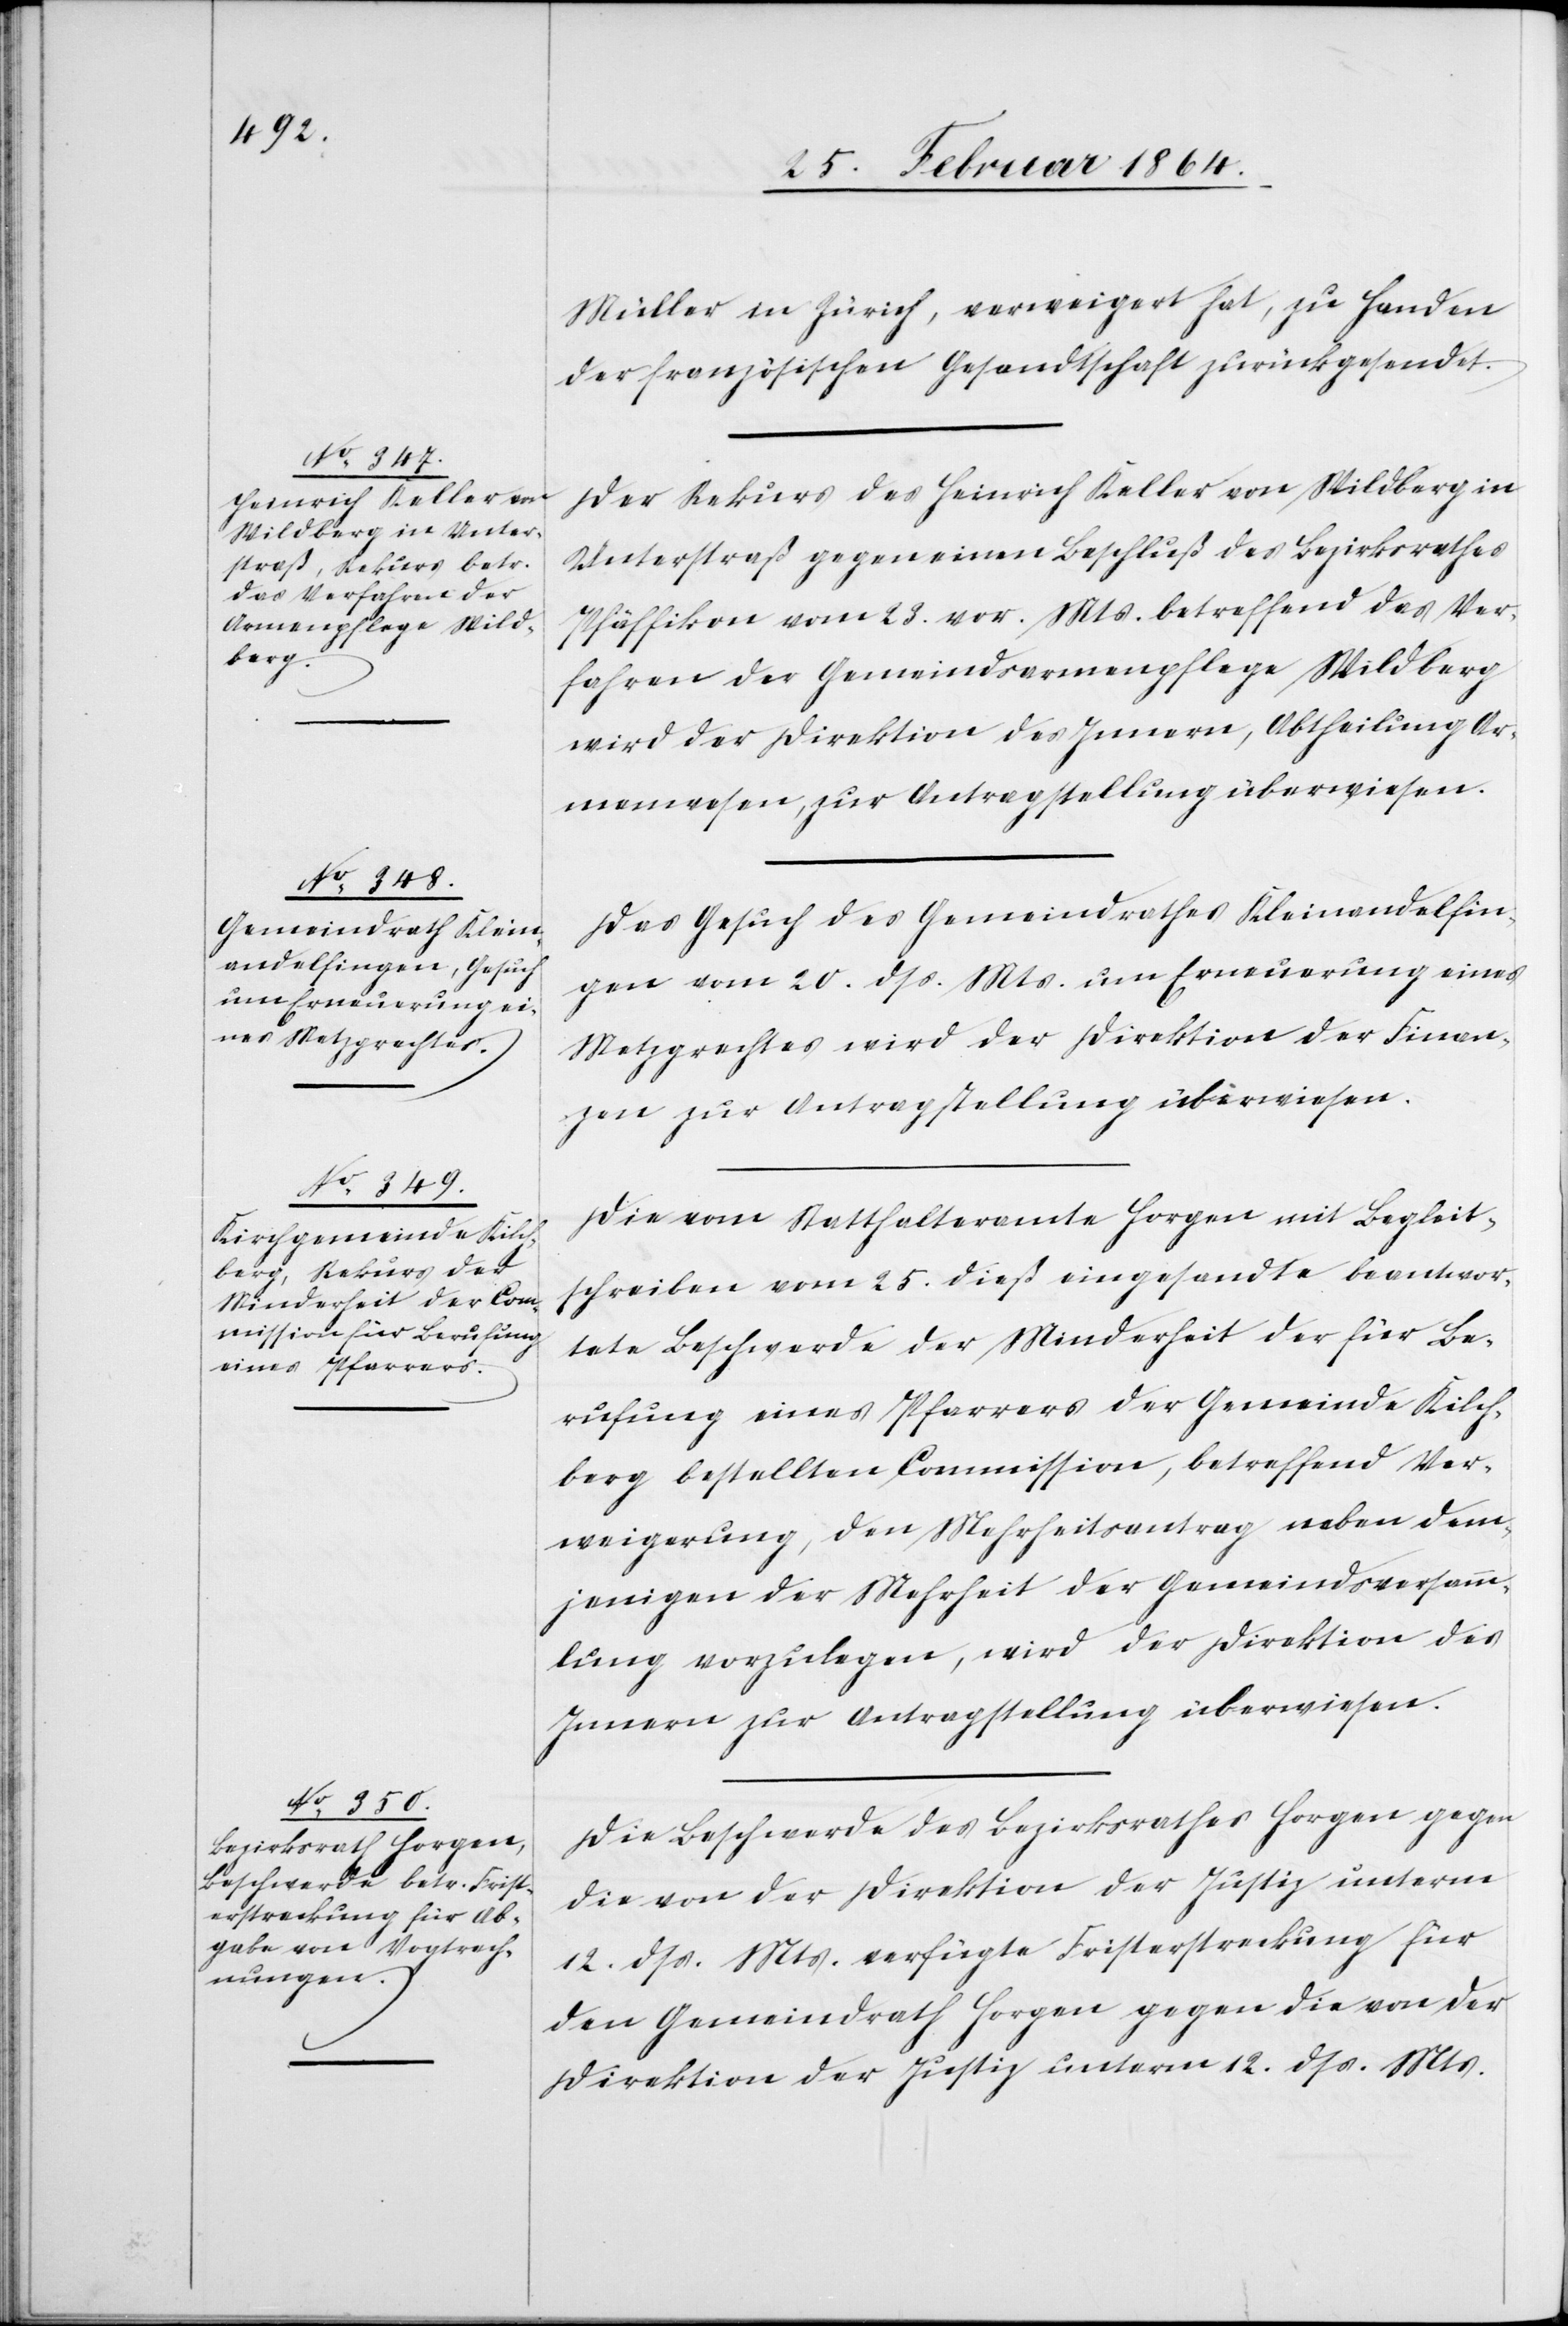
26. Februar 1864.]
Müller in Zürich, verweigert hat, zu Handen
der französischen Gesandtschaft zurückgesendet.
Der Rekurs des Heinrich Keller von Wildberg in
Unterstraß gegen einen Beschluß des Bezirksrathes
Pfäffikon vom 23. vor. Mts. betreffend das Ver¬
fahren der Gemeindsarmenpflege Wildberg
wird der Direktion des Innern, Abtheilung Ar¬
menwesen, zur Antragstellung überweisen.
Das Gesuch des Gemeindrathes Kleinandelfin¬
gen vom 20. dss. Mts. um Erneuerung eines
Metzgrechtes wird der Direktion der Finan¬
zen zur Antragstellung überwiesen.
Die vom Statthalteramte Horgen mit Begleit¬
schreiben vom 25. dieß eingesandte beantwor¬
tete Beschwerde der Minderheit der für Be¬
rufung eines Pfarrers der Gemeinde Kilch¬
berg bestellten Commission, betreffend Ver¬
weigerung, den Mehrheitsantrag neben dem¬
jenigen der Mehrheit der Gemeindsversamm¬
lung vorzulegen, wird der Direktion des
Innern zur Antragstellung überwiesen.
Die Beschwerde des Bezirksrathes Horgen gegen
die von der Direktion der Justiz unterm
12. dss. Mts. verfügte Fristerstreckung für
den Gemeindrath Horgen gegen die von der
Direktion der Justiz unterm 12. dss. Mts.